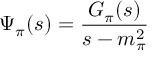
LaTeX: \Psi _ { \pi } ( s ) = \frac { G _ { \pi } ( s ) } { s - m _ { \pi } ^ { 2 } }